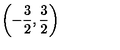
\left( - \frac { 3 } { 2 } , \frac { 3 } { 2 } \right) \protect